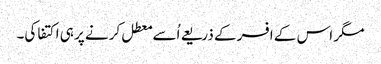
مگر اس کے افسر کے ذریعے اُسے معطل کرنے پر ہی اکتفا کی۔